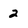
Character: 2